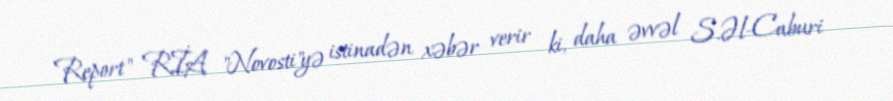
Report" RİA "Novosti"yə istinadən xəbər verir ki, daha əvvəl S.Əl-Caburi